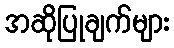
အဆိုပြုချက်များ